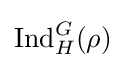
{\text{Ind}}_{H}^{G}(\rho )